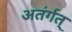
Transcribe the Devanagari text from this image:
अतंर्गत्